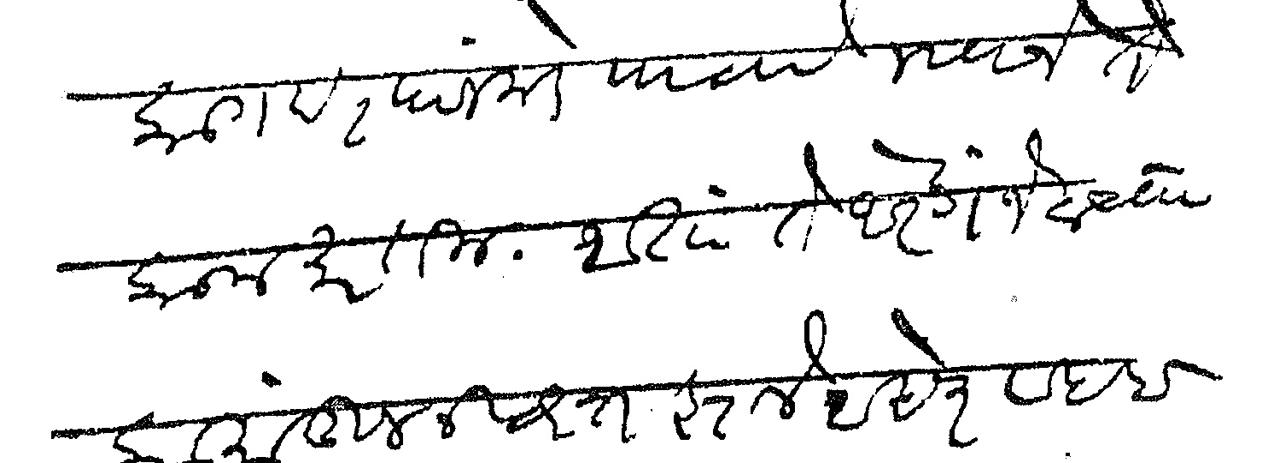
Transliteration (Devanagari): कागद त्यांजकडे पाठवावे म्हणजे ते काम करतील आता ते औरंगजेबाच्या कामातून निवृत्त झाले आहेत सबब